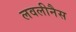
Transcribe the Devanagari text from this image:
लवलीनैस